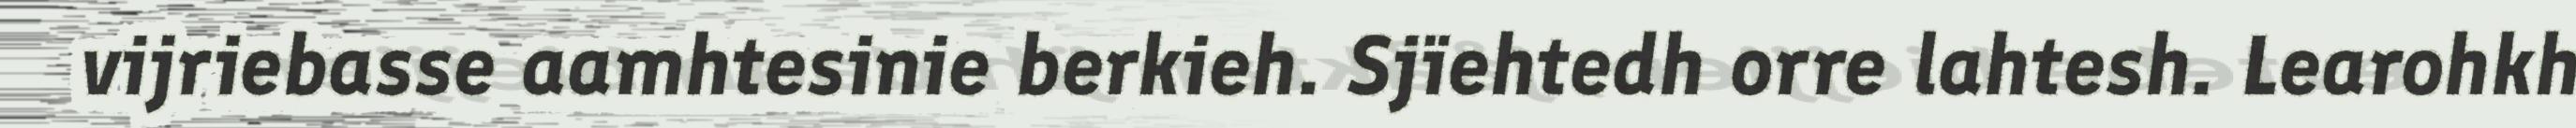
vijriebasse aamhtesinie berkieh. Sjïehtedh orre lahtesh. Learohkh